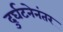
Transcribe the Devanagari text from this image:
दुर्घटनेनंतर